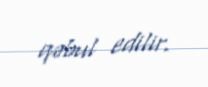
qəbul edilir.